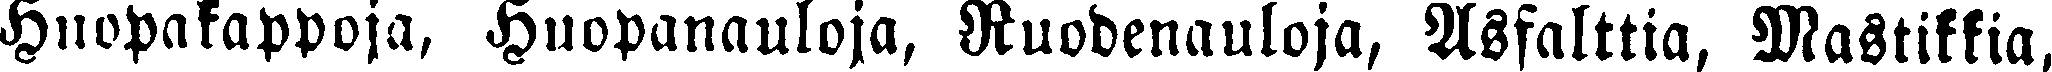
Huopakappoja, Huopanauloja, Ruodenauloja, Asfalttia, Mastikkia,